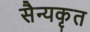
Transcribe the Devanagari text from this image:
सैन्यकृत